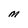
Character: M